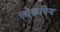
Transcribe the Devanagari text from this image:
लोक्रपिय